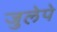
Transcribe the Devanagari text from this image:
जुलेपे